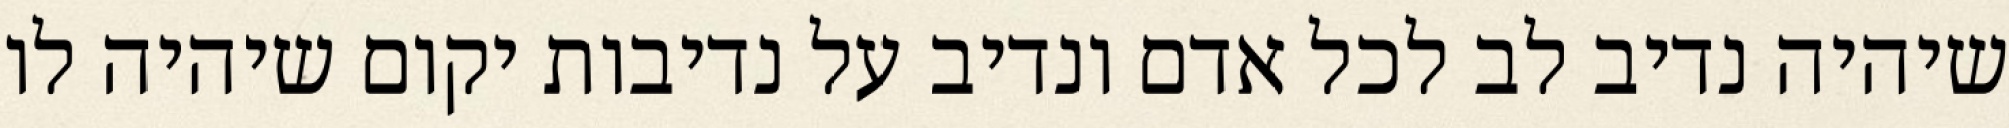
שיהיה נדיב לב לכל אדם ונדיב על נדיבות יקום שיהיה לו